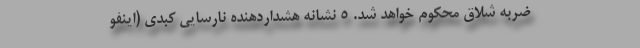
ضربه شلاق ‌محکوم خواهد شد. ۵ نشانه هشداردهنده نارسایی کبدی (اینفو